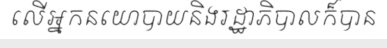
លើអ្នកនយោបាយនិងរដ្ឋាភិបាលក៏បាន